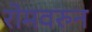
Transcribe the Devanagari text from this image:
रोमवरुन